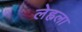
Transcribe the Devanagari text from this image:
लेह्नला